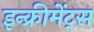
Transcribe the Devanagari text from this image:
इन्‍क्रीमेंट्‌स